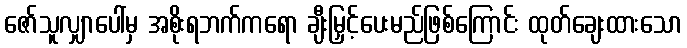
ဇော်သူလျှာပေါ်မှ အစိုးရဘက်ကရော ချီးမြှင့်ပေးမည်ဖြစ်ကြောင်း ထုတ်ချေးထားသော